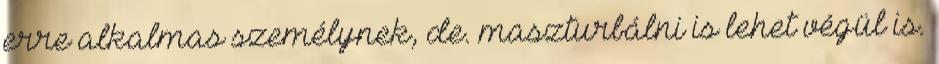
erre alkalmas személynek, de. maszturbálni is lehet végül is.